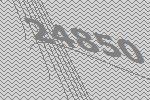
24850